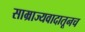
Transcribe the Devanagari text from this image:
साम्राज्यवादातूनच